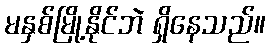
မနှစ်မြို့နိုင်ဘဲ ရှိနေသည်။